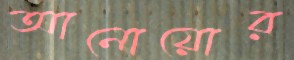
আনোয়োর